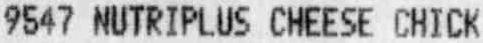
9547 NUTRIPLUS CHEESE CHICK